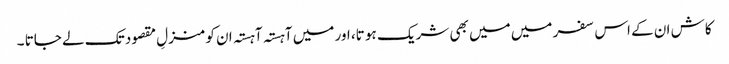
کاش ان کے اس سفر میں میں بھی شریک ہو تا، اور میں آہستہ آہستہ ان کو منزلِ مقصود تک لے جاتا ۔